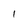
Character: 1